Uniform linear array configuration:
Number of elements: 64
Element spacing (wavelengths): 0.25
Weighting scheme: cosine
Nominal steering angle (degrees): -30
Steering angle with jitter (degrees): -29.459
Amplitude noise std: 0.05
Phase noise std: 0.05

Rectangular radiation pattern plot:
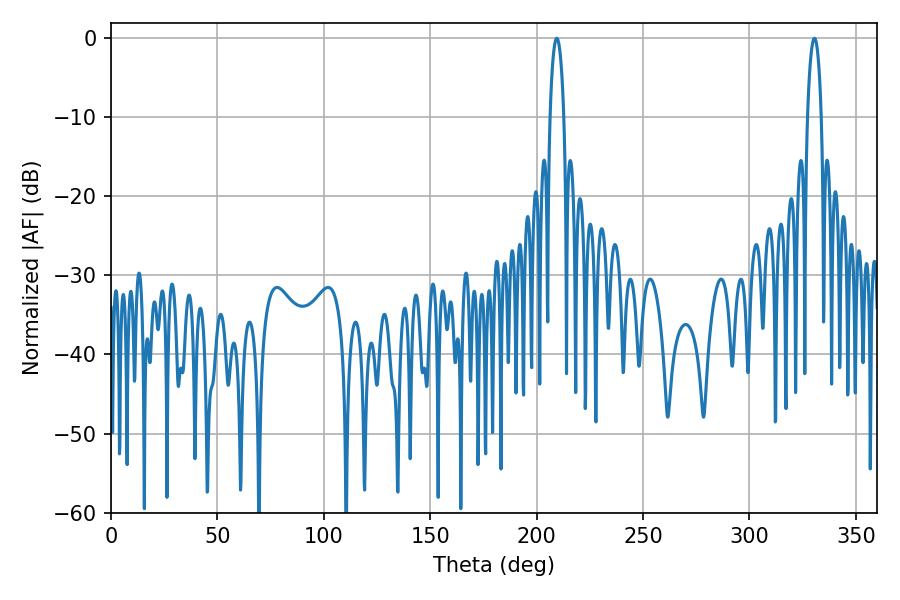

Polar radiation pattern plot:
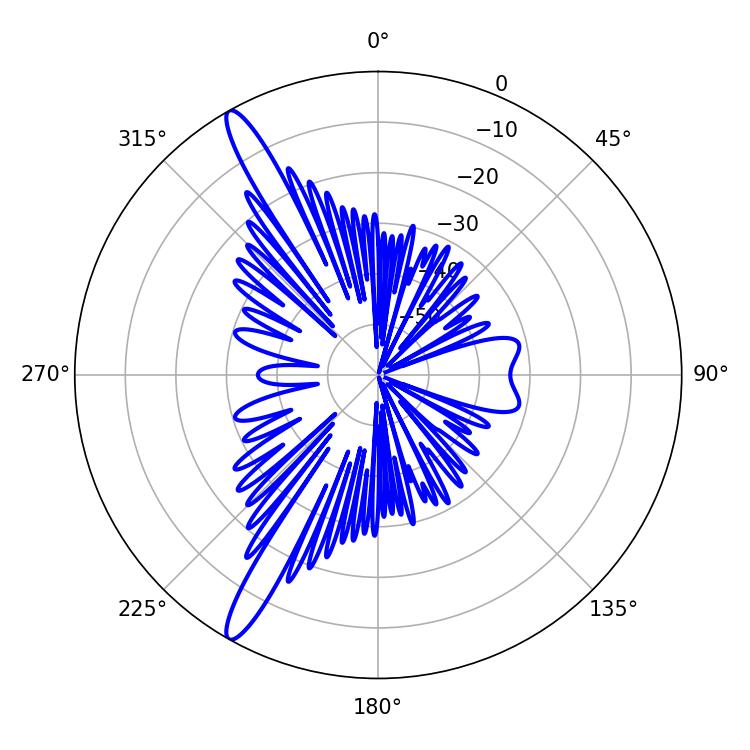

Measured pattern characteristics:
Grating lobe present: FALSE
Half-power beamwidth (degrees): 3.6
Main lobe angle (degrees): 209.52